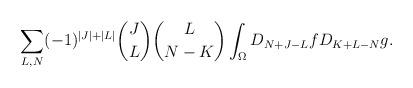
LaTeX: \begin{align*}\sum_{L,N} (-1)^{|J|+|L|}{J \choose L}{{L} \choose {N-K}}\int_{\Omega}D_{N+J-L}fD_{K+L-N}g.\end{align*}